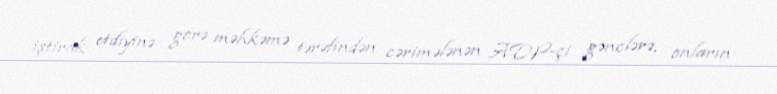
iştirak etdiyinə görə məhkəmə tərəfindən cərimələnən ADP-çi gənclərə, onların